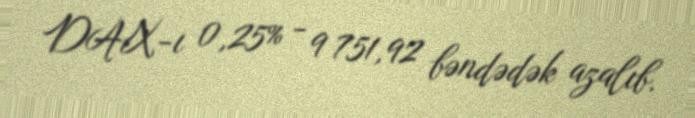
DAX-ı 0,25% - 9 751,92 bəndədək azalıb.